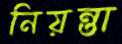
নিয়ন্তা